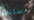
مستندة